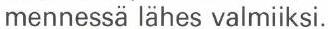
mennessä lähes valmiiksi.